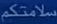
سلامتكم